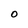
Character: 0